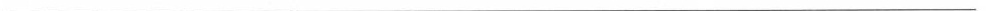
___